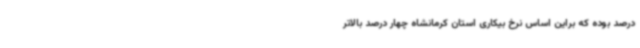
درصد بوده که براین اساس نرخ بیکاری استان کرمانشاه چهار درصد بالاتر